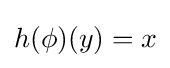
h(\phi )(y)=x